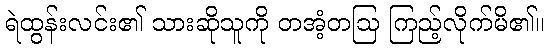
ရဲထွန်းလင်း၏ သားဆိုသူကို တအံ့တဩ ကြည့်လိုက်မိ၏။